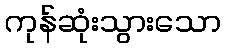
ကုန်ဆုံးသွားသော